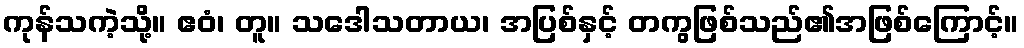
ကုန်သကဲ့သို့။ ဧဝံ၊ တူ။ သဒေါသတာယ၊ အပြစ်နှင့် တကွဖြစ်သည်၏အဖြစ်ကြောင့်။